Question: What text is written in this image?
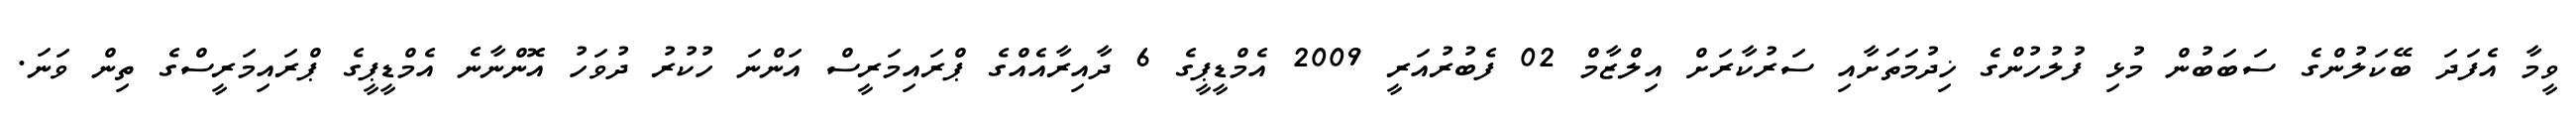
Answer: ވީމާ އެފަދަ ބޭކަލުންގެ ސަބަބުން މުޅި ފުލުހުންގެ ޚިދުމަތަށާއި ސަރުކާރަށް އިލްޒާމް 02 ފެބުރުއަރީ 2009 އެމްޑީޕީގެ 6 ދާއިރާއެއްގެ ޕްރައިމަރީސް އަންނަ ހުކުރު ދުވަހު އޮންނާނެ އެމްޑީޕީގެ ޕްރައިމަރީސްގެ ތިން ވަނަ.